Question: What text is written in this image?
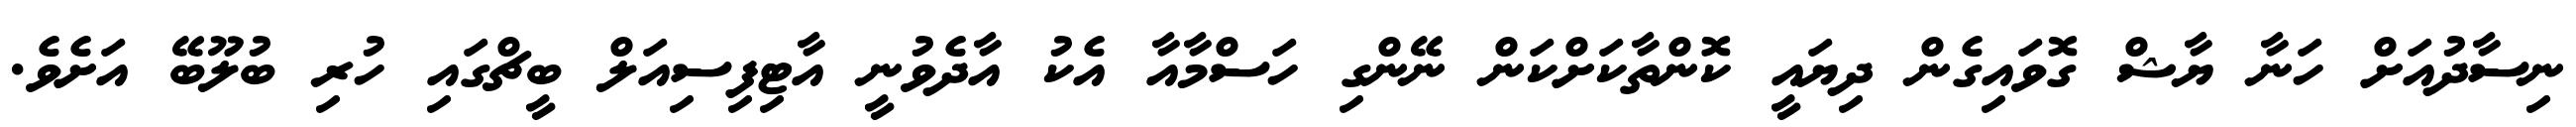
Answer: ނިސާދުއަށް ހަނާ ޔާޝް ގޮވައިގެން ދިޔައީ ކޮންތާކަށްކަން ނޭންގި ހަސްމާއާ އެކު އާދެވުނީ އާޓިފިސިއަލް ބީޗްގައި ހުރި ބުލޫބޭ އަށެވެ.